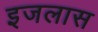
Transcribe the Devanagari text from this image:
इजलास